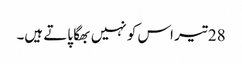
28 تیر اس کو نہیں بھگا پاتے ہیں۔